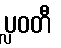
ပ္လဝတီ